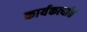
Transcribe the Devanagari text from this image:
कार्यकर्त्‍यात